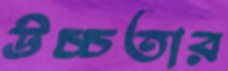
উচ্চতার